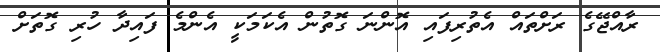
ރާއްޖޭގެ ރަށްތައް އެތުރިފައި އޮންނަ ގޮތުން އެކަމަކީ އެންމެ ފައިދާ ހުރި ގޮތަށް